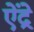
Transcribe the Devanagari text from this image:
ऐंद्रे